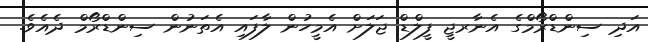
އަދި ސިންޑްރޯމްގެ އެނާރޖީ ފީލްޑް ޖަލަށް އެމީހުން ލާފައި އެތަނުން ސިންޑްރޯމް ދެއެވެ.